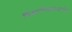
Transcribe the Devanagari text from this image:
विद्यापीठाप्रमाणेच